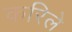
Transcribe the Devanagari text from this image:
करिले